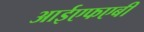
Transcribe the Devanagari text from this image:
आईएफएबी